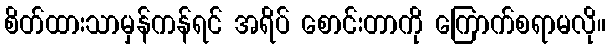
စိတ်ထားသာမှန်ကန်ရင် အရိပ် စောင်းတာကို ကြောက်စရာမလို။